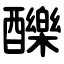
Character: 䤕